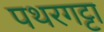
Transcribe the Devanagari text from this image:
पथरगट्टा